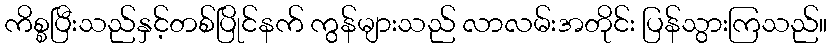
ကိစ္စပြီးသည်နှင့်တစ်ပြိုင်နက် ကွန်များသည် လာလမ်းအတိုင်း ပြန်သွားကြသည်။